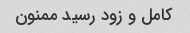
کامل و زود رسید ممنون